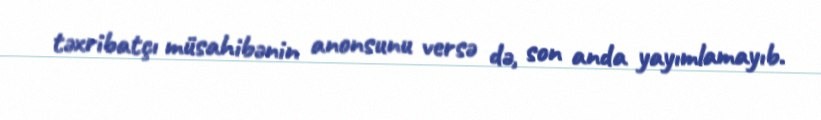
təxribatçı müsahibənin anonsunu versə də, son anda yayımlamayıb.